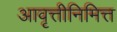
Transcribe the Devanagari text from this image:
आवृत्तीनिमित्त